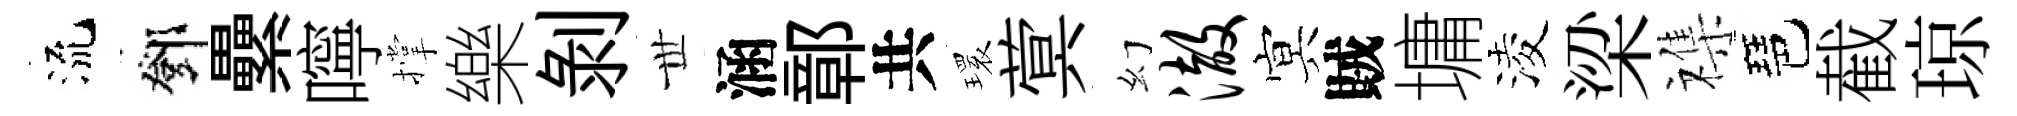
流鄧纍嚀撑樂剝𠀍涵鄣共𤨔蓂幻澈㝠賊墉淩梁襍琶截琼